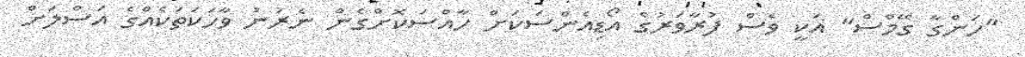
"ހަންގާ ގޭމްސް" އަކީ ވެސް ފުރާވަރުގެ އޯޑިއެންސަކަށް ހާއްސަކޮށްގެން ނެރުނު ވާހަކަތަކެއްގެ އަސްލަށް